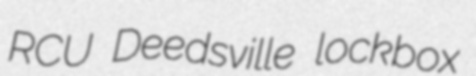
RCU Deedsville lockbox